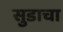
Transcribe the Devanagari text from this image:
सुडाचा